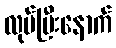
လုပ်ပြီးနောက်